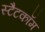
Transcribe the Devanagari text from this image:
स्टैटकॉम